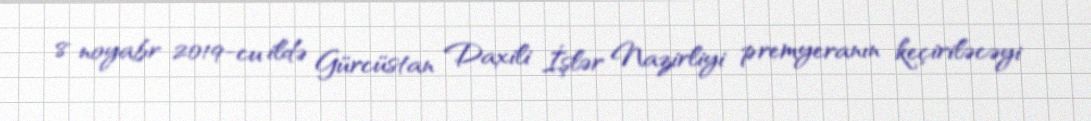
8 noyabr 2019-cu ildə Gürcüstan Daxili İşlər Nazirliyi premyeranın keçiriləcəyi